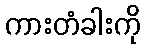
ကားတံခါးကို